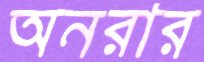
অনরার